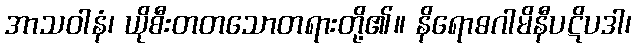
အာသဝါနံ၊ ယိုစီးတတသောတရားတို့၏။ နိရောဓဂါမိနီပဋိပဒါ၊